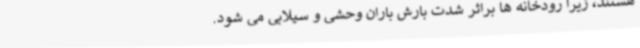
هستند، زیرا رودخانه ها براثر شدت بارش باران وحشی و سیلابی می شود.